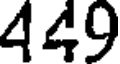
449